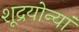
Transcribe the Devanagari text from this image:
शूद्रयोन्यां